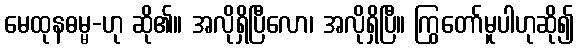
မေထုနဓမ္မ-ဟု ဆို၏။ အလိုရှိပြီလော၊ အလိုရှိပြီ။ ကြွတော်မူပါဟုဆို၍